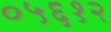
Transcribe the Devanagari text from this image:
०५६१२